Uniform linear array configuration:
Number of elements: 12
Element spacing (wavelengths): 0.5
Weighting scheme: uniform
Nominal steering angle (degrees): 0
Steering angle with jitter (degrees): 1.491
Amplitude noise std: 0.05
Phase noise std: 0.05

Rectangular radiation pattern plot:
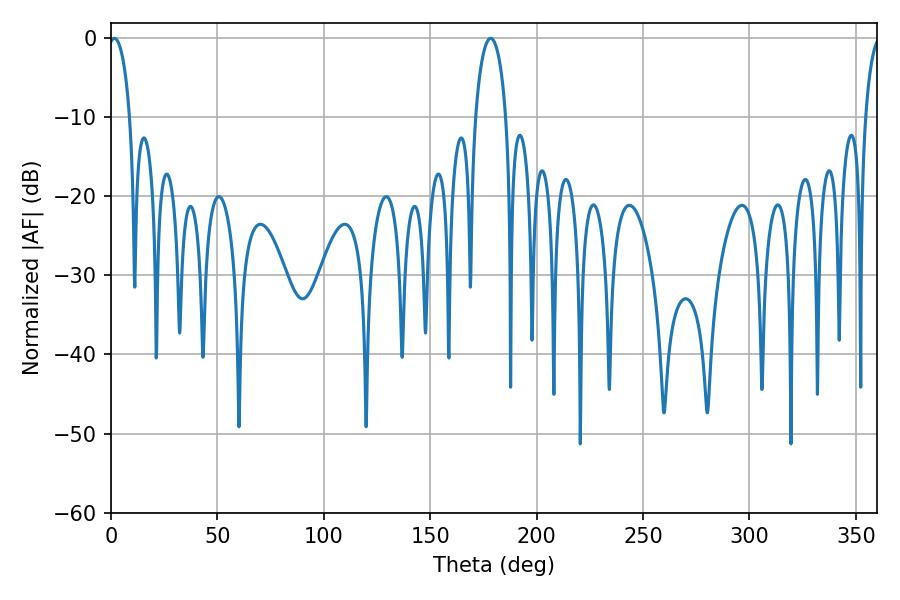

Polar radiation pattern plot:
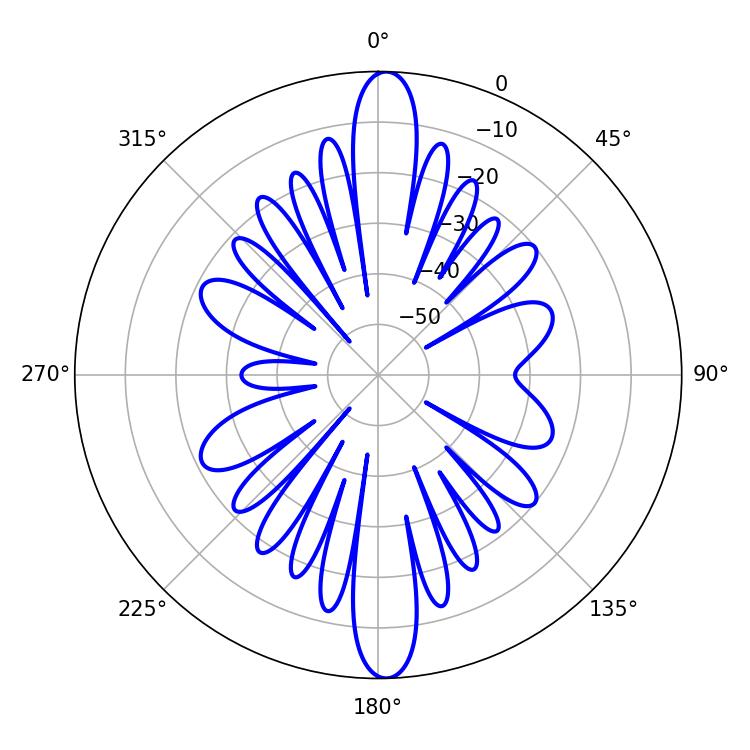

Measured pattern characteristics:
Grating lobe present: FALSE
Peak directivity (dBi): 23.945
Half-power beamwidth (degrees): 5.76
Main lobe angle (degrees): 1.62